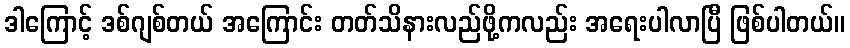
ဒါကြောင့် ဒစ်ဂျစ်တယ် အကြောင်း တတ်သိနားလည်ဖို့ကလည်း အရေးပါလာပြီ ဖြစ်ပါတယ်။